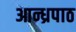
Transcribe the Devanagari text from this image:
आन्ध्रपाठ